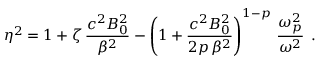
\eta ^ { 2 } = 1 + \zeta \, \frac { c ^ { 2 } B _ { 0 } ^ { 2 } } { \beta ^ { 2 } } - \left( 1 + \frac { c ^ { 2 } B _ { 0 } ^ { 2 } } { 2 p \, \beta ^ { 2 } } \right) ^ { 1 - p } \, \frac { \omega _ { p } ^ { 2 } } { \omega ^ { 2 } } \; \, .